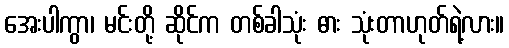
အေးပါကွာ၊ မင်းတို့ ဆိုင်က တစ်ခါသုံး ဓား သုံးတာဟုတ်ရဲ့လား။